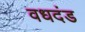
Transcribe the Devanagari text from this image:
वधदंड